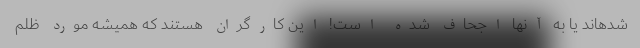
شدهاند یا به آنها اجحاف شده است! این کارگران هستند که همیشه مورد ظلم